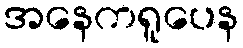
အနေကရူပေန